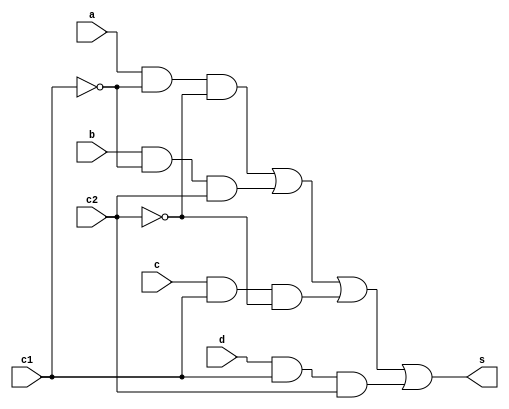
// ------------------------- 
// Exemplo0031 - F4 
// Nome: Guilherme Moreira Nunes
// ------------------------- 
// ------------------------- 
// f4_gate 
// ------------------------- 
module f4 (output s, input a, input b, input c, input d, input c1, input c2);  
assign s = ((a & ~c1 & ~c2) | (b & ~c1 & c2) | (c & c1 & ~c2) | (d & c1 & c2));
endmodule // f4 
module test_f4; 
// ------------------------- definir dados 
reg a; 
reg b;
reg c;
reg d; 
reg c1;
reg c2;
wire s; 
f4 modulo1 (s, a, b, c, d, c1, c2); 
// ------------------------- parte principal 
initial begin 
$display("Exemplo0031 - Guilherme Moreira Nunes - 408947"); 
$display("Test LU's module"); 
a = 1; b = 1; c = 0; d = 1; c1 = 0; c2 = 0;
$display("S0 S1 S2 S3 |C1 C2| S");
$monitor("%b  %b  %b  %b  |%b   %b|  %b", a, b, c, d, c1, c2, s);
#1 a = 1; b = 0; c = 0; d = 1; c1 = 0; c2 = 1;
#1 a = 1; b = 0; c = 1; d = 0; c1 = 1; c2 = 0;
#1 a = 1; b = 0; c = 1; d = 0; c1 = 1; c2 = 1;
end 
endmodule // test_f4